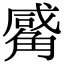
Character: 觱